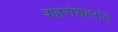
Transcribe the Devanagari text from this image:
शहरांशहरांत